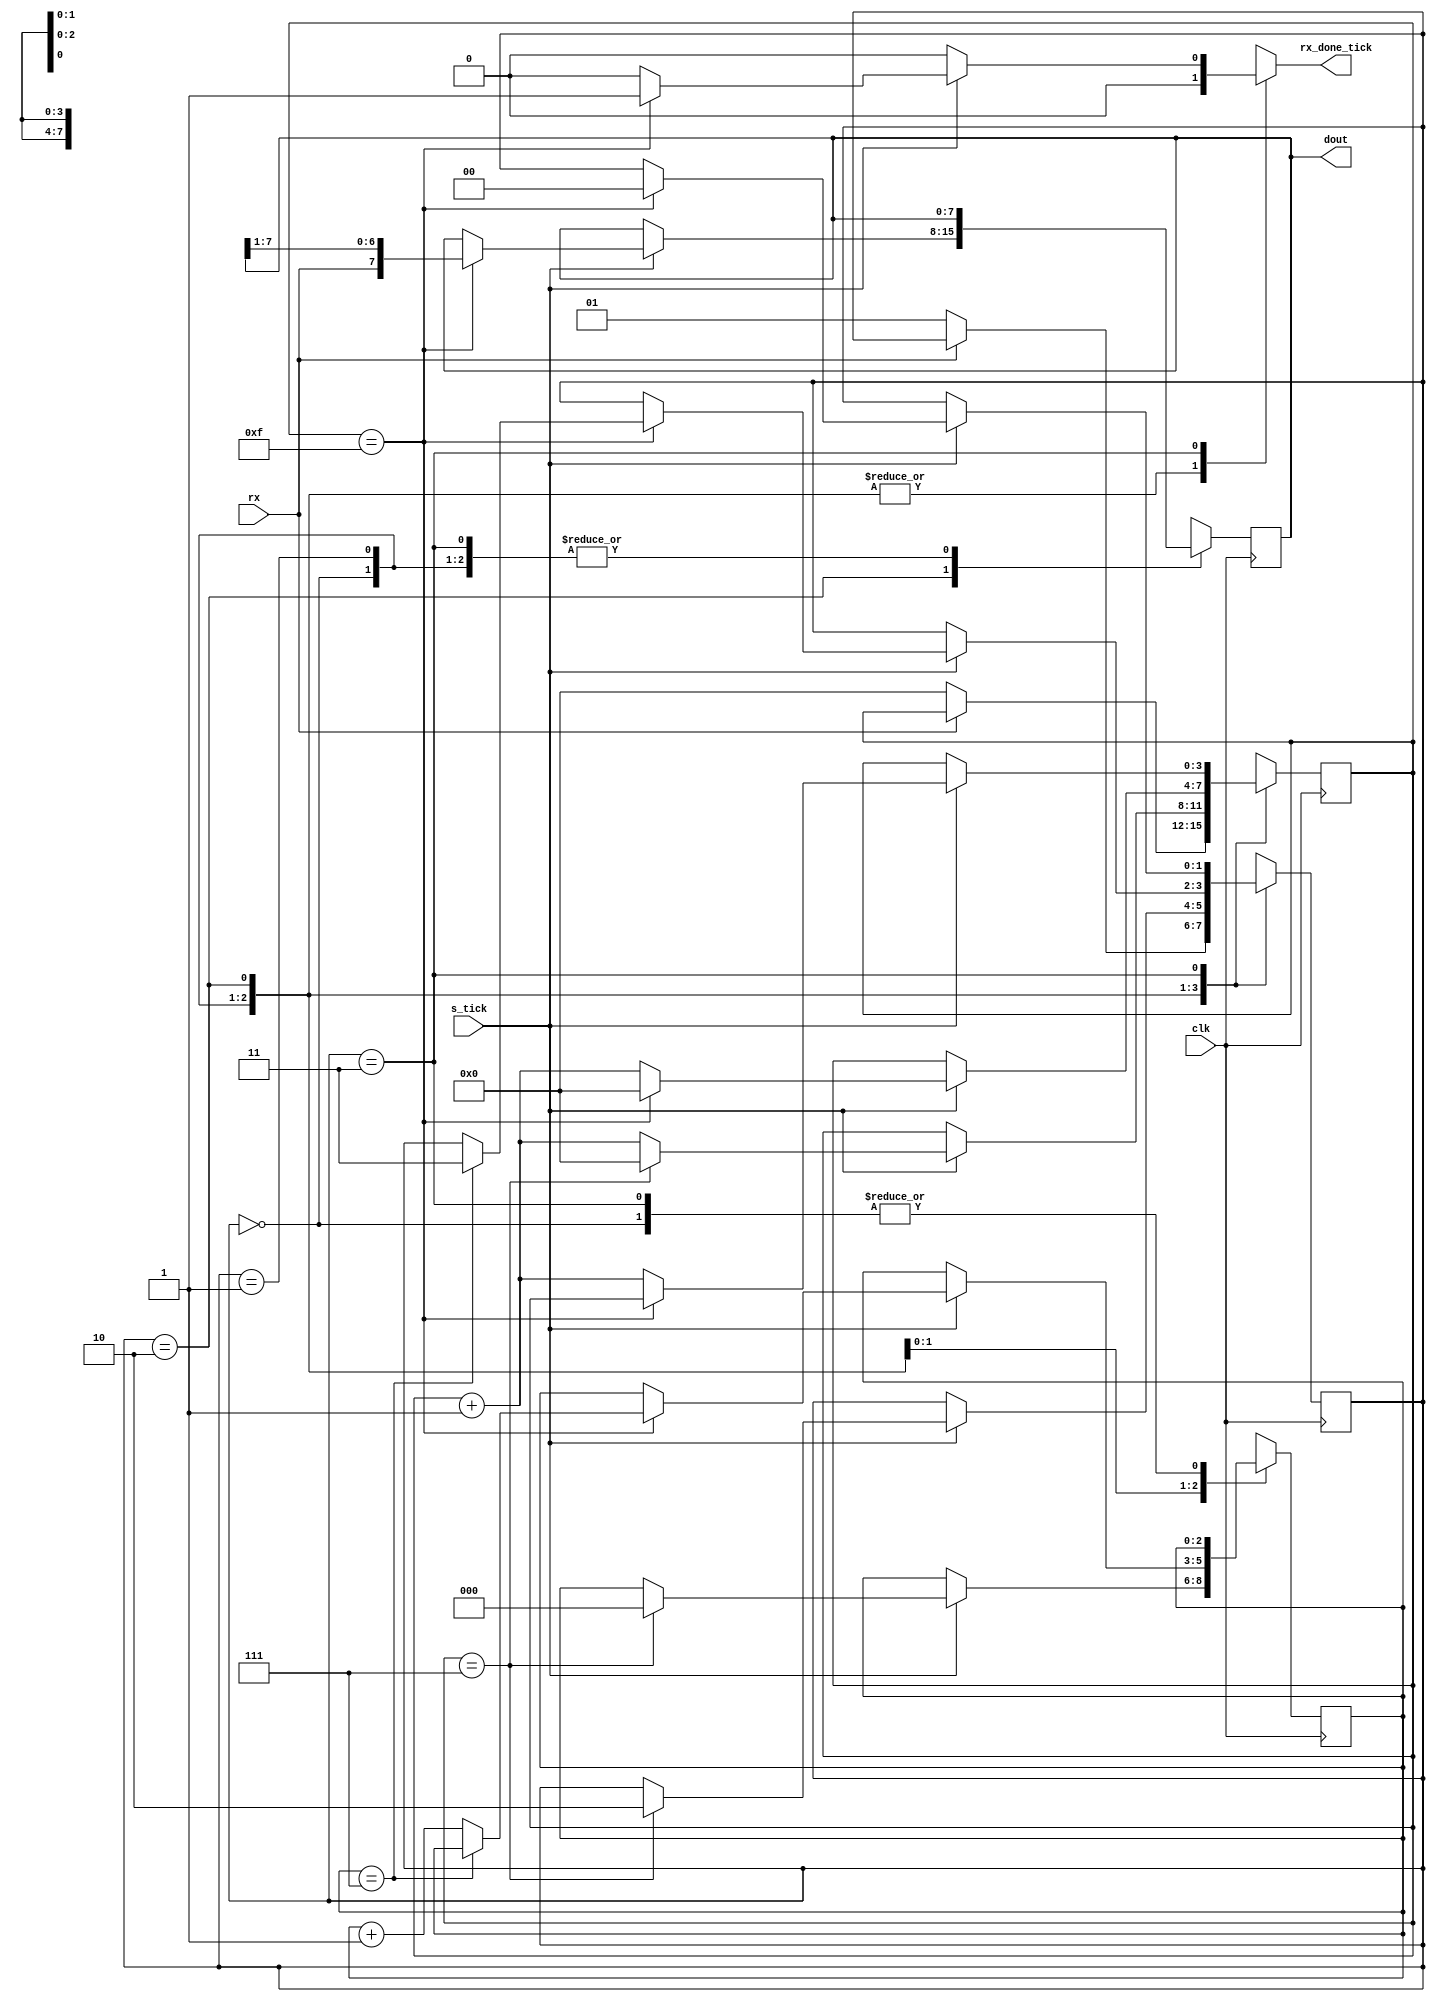
module uart_rx
  #(
    parameter DBIT = 8,      // number of data bits
              SB_TICK = 16   // number of ticks needed for stop bits.
  )
  (
    input clk,
    input rx,
	 input s_tick,
    output reg rx_done_tick,
    output [7:0] dout
  );
  
  //Declaracion de estados simblicos
  localparam [1:0]
      idle  = 2'b00,
      start = 2'b01,
      data  = 2'b10,
      stop  = 2'b11;
      
  //Declaracin de seales
  reg [1:0] state_reg, state_next;
  reg [3:0] s_reg, s_next; //Numero de sampling ticks para hacer el oversampling
  reg [2:0] n_reg, n_next; //Numero de bits de datos recibidos en el estado data.
  reg [7:0] b_reg, b_next; //Byte recibido.
  reg [4:0] auxs;				//Auxiliar para truncar
  reg [3:0] auxn;
  
  //Cuerpo
  //Registros de datos y de estado de la FSMD
  always @(posedge clk)
  begin
      state_reg <= state_next;
      s_reg <= s_next;
      n_reg <= n_next;
      b_reg <= b_next;
  end
      
  // FSMD next-state logic
  always @*
  begin
    state_next = state_reg;
    rx_done_tick = 1'b0;
    s_next = s_reg;
    n_next = n_reg;
    b_next = b_reg;
    
    case (state_reg)
      idle:
        if(~rx)
        begin
          state_next = start;
          s_next = 0;
        end
      
      start:
        if(s_tick)
          if(s_reg == 7)
          begin
            state_next = data;
            s_next = 0;
            n_next = 0;
          end
          
          else
			 begin
            auxs = s_reg +1;
				s_next = auxs[3:0];
			 end
		
      data:
        if(s_tick)
          if(s_reg == 15)
          begin
            s_next = 0;
            b_next = {rx, b_reg[7:1]};
            if(n_reg == (DBIT - 1))
              state_next = stop;
            else
            begin
					auxn = n_reg + 1;
					n_next = auxn[2:0];
				end
			 end
          
          else
			 begin
            auxs = s_reg +1;
				s_next = auxs[3:0];
			 end
            
      stop:
        if(s_tick)
          if(s_reg == (SB_TICK - 1))
          begin
            state_next = idle;
            rx_done_tick = 1'b1;
          end
          
          else
			 begin
            auxs = s_reg +1;
				s_next = auxs[3:0];
			 end
    endcase
  end
  
  //Salida
  assign dout = b_reg;
  
endmodule